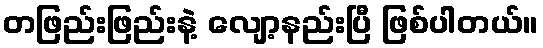
တဖြည်းဖြည်းနဲ့ လျော့နည်းပြီ ဖြစ်ပါတယ်။